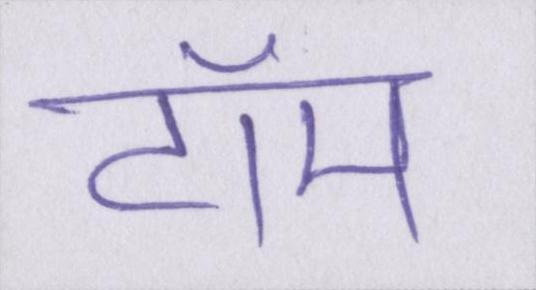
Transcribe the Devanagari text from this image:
टॉम